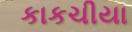
કાકચીયા